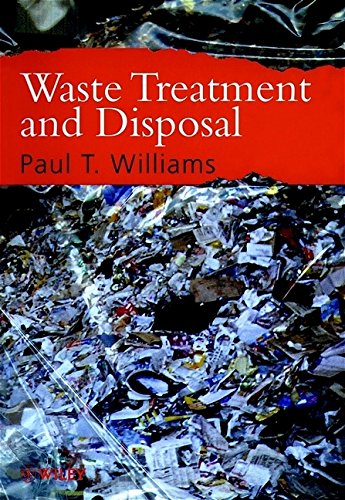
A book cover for Waste Treatment and Disposal; Paul T. Williams; Science & Math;